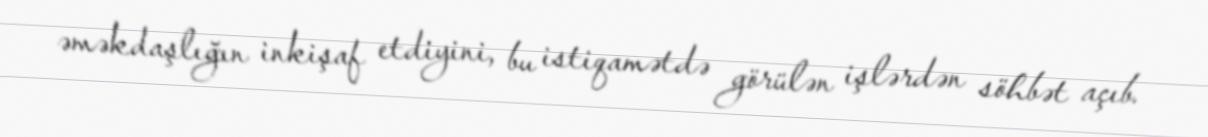
əməkdaşlığın inkişaf etdiyini, bu istiqamətdə görülən işlərdən söhbət açıb.